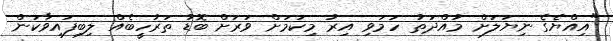
"އިއްޔެގެ ނިޔަލަށް މުއްދަތު ހަމަވި އިރު މިކަމަށް ވަރަށް ބޮޑު ތަރުހީބެއް ލިބިފައިވާކަން